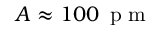
A \approx 1 0 0 \, \mathrm { ~ p ~ m ~ }